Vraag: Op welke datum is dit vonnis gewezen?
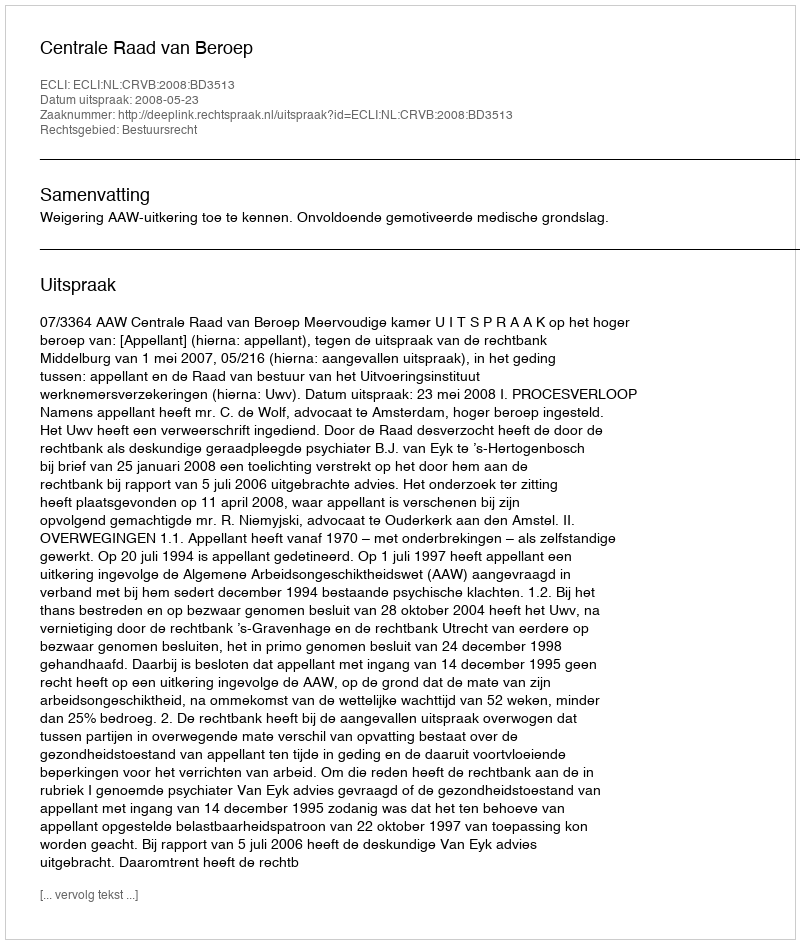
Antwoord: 2008-05-23